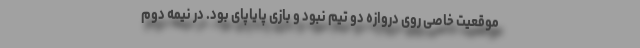
موقعیت خاصی روی دروازه دو تیم نبود و بازی پایاپای بود. در نیمه دوم